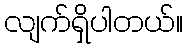
လျက်ရှိပါတယ်။